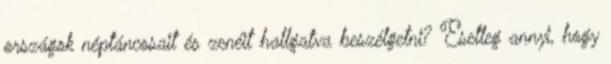
országok néptáncosait és zenéit hallgatva beszélgetni? Esetleg annyi, hogy